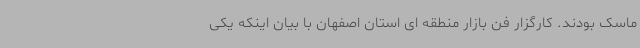
ماسک بودند. کارگزار فن بازار منطقه ای استان اصفهان با بیان اینکه یکی